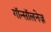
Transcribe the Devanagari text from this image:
गॉन्सॉलनेज़